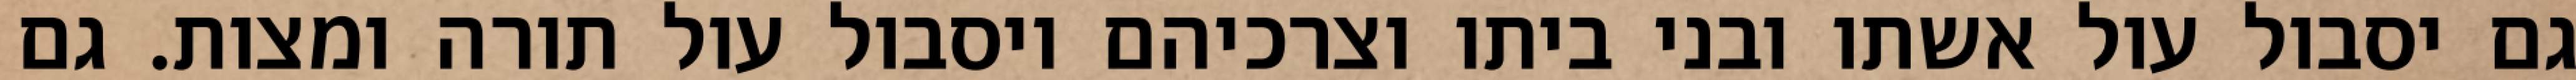
גם יסבול עול אשתו ובני ביתו וצרכיהם ויסבול עול תורה ומצות. גם